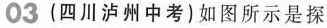
03(四川泸州中考)如图所示是探